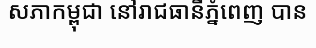
សភាកម្ពុជា នៅរាជធានីភ្នំពេញ បាន